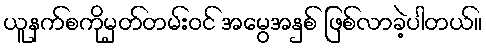
ယူနက်စကိုမှတ်တမ်းဝင် အမွေအနှစ် ဖြစ်လာခဲ့ပါတယ်။